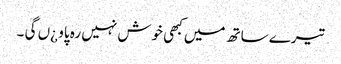
تیرے ساتھ میں کبھی خوش نہیں رہ پاو ¿ں گی ۔